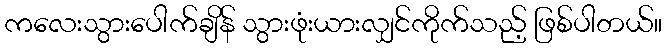
ကလေးသွားပေါက်ချိန် သွားဖုံးယားလျှင်ကိုက်သည့် ဖြစ်ပါတယ်။